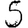
Digit: 5